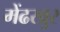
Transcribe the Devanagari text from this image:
मेंढखुर